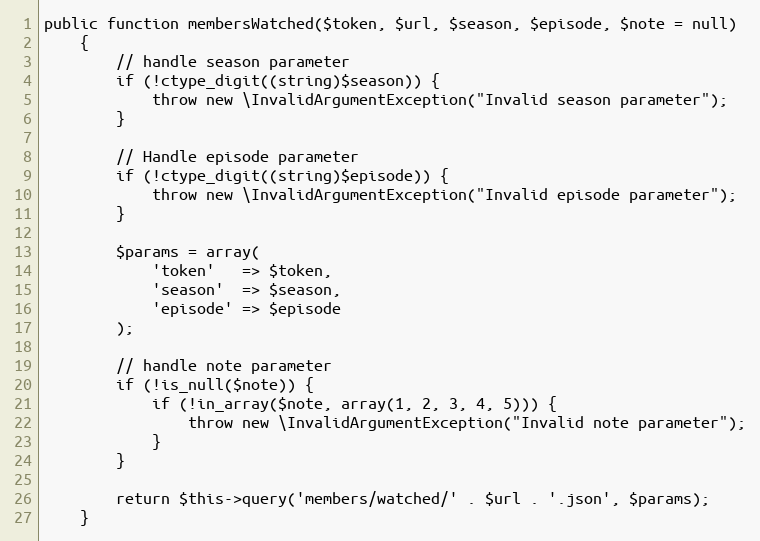
Language: PHP
public function membersWatched($token, $url, $season, $episode, $note = null)
    {
        // handle season parameter
        if (!ctype_digit((string)$season)) {
            throw new \InvalidArgumentException("Invalid season parameter");
        }

        // Handle episode parameter
        if (!ctype_digit((string)$episode)) {
            throw new \InvalidArgumentException("Invalid episode parameter");
        }

        $params = array(
            'token'   => $token,
            'season'  => $season,
            'episode' => $episode
        );

        // handle note parameter
        if (!is_null($note)) {
            if (!in_array($note, array(1, 2, 3, 4, 5))) {
                throw new \InvalidArgumentException("Invalid note parameter");
            }
        }

        return $this->query('members/watched/' . $url . '.json', $params);
    }